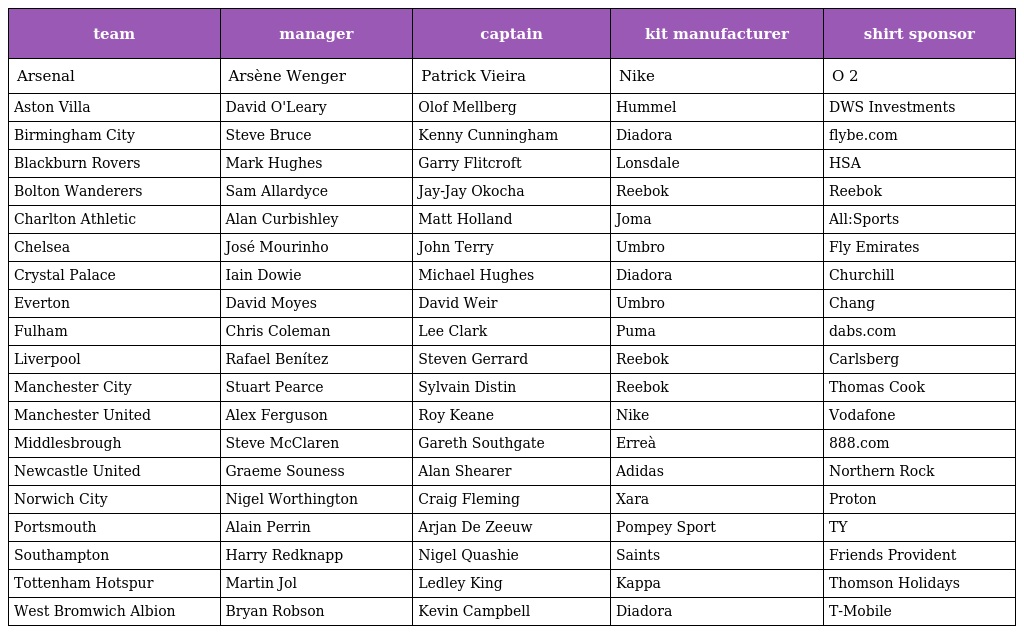
| team | manager | captain | kit manufacturer | shirt sponsor |
 | --- | --- | --- | --- | --- |
 | Arsenal | Arsène Wenger | Patrick Vieira | Nike | O 2 |
 | Aston Villa | David O'Leary | Olof Mellberg | Hummel | DWS Investments |
 | Birmingham City | Steve Bruce | Kenny Cunningham | Diadora | flybe.com |
 | Blackburn Rovers | Mark Hughes | Garry Flitcroft | Lonsdale | HSA |
 | Bolton Wanderers | Sam Allardyce | Jay-Jay Okocha | Reebok | Reebok |
 | Charlton Athletic | Alan Curbishley | Matt Holland | Joma | All:Sports |
 | Chelsea | José Mourinho | John Terry | Umbro | Fly Emirates |
 | Crystal Palace | Iain Dowie | Michael Hughes | Diadora | Churchill |
 | Everton | David Moyes | David Weir | Umbro | Chang |
 | Fulham | Chris Coleman | Lee Clark | Puma | dabs.com |
 | Liverpool | Rafael Benítez | Steven Gerrard | Reebok | Carlsberg |
 | Manchester City | Stuart Pearce | Sylvain Distin | Reebok | Thomas Cook |
 | Manchester United | Alex Ferguson | Roy Keane | Nike | Vodafone |
 | Middlesbrough | Steve McClaren | Gareth Southgate | Erreà | 888.com |
 | Newcastle United | Graeme Souness | Alan Shearer | Adidas | Northern Rock |
 | Norwich City | Nigel Worthington | Craig Fleming | Xara | Proton |
 | Portsmouth | Alain Perrin | Arjan De Zeeuw | Pompey Sport | TY |
 | Southampton | Harry Redknapp | Nigel Quashie | Saints | Friends Provident |
 | Tottenham Hotspur | Martin Jol | Ledley King | Kappa | Thomson Holidays |
 | West Bromwich Albion | Bryan Robson | Kevin Campbell | Diadora | T-Mobile |